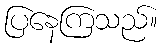
ပြနေကြသည်။